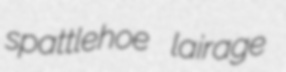
spattlehoe lairage